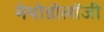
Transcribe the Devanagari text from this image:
मेथोडोलॉजी